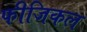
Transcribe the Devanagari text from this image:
फीजिकल